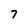
Character: 7